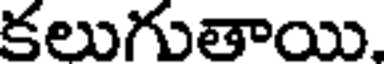
కలుగుతాయి.